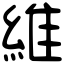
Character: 維